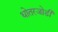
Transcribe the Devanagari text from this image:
धोतरजोडी